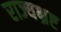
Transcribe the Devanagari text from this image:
राज्यभ्रष्ट